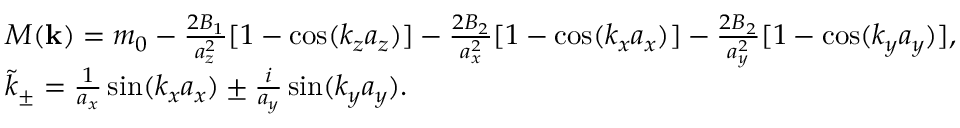
\begin{array} { r l } & { M ( { \bf k } ) = m _ { 0 } - \frac { 2 B _ { 1 } } { a _ { z } ^ { 2 } } [ 1 - \cos ( k _ { z } a _ { z } ) ] - \frac { 2 B _ { 2 } } { a _ { x } ^ { 2 } } [ 1 - \cos ( k _ { x } a _ { x } ) ] - \frac { 2 B _ { 2 } } { a _ { y } ^ { 2 } } [ 1 - \cos ( k _ { y } a _ { y } ) ] , } \\ & { \tilde { k } _ { \pm } = \frac { 1 } { a _ { x } } \sin ( k _ { x } a _ { x } ) \pm \frac { i } { a _ { y } } \sin ( k _ { y } a _ { y } ) . } \end{array}